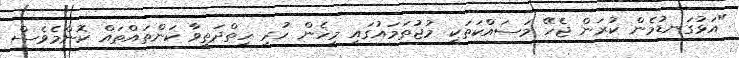
"އަޅުގަނޑުމެން ކުރަން ޖެހޭ މަސައްކަތަކީ މުޖުތަމައުގައި މިހެން ހުރި ހިތްދަތިވާ ކަންތައްތައް ކޮންމެވެސް